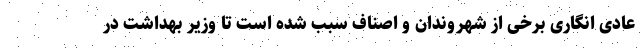
عادی انگاری برخی از شهروندان و اصناف سبب شده است تا وزیر بهداشت در